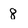
Character: 8